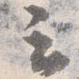
云